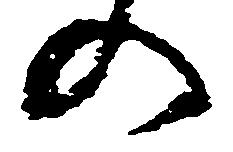
の